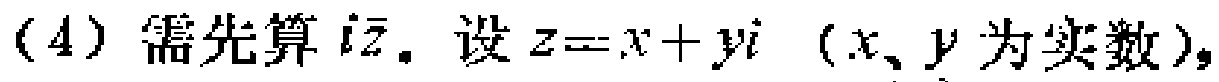
(4) 需先算\(i\overline{z}\). 设\(z = x + yi\)（\(x\)、\(y\)为实数），